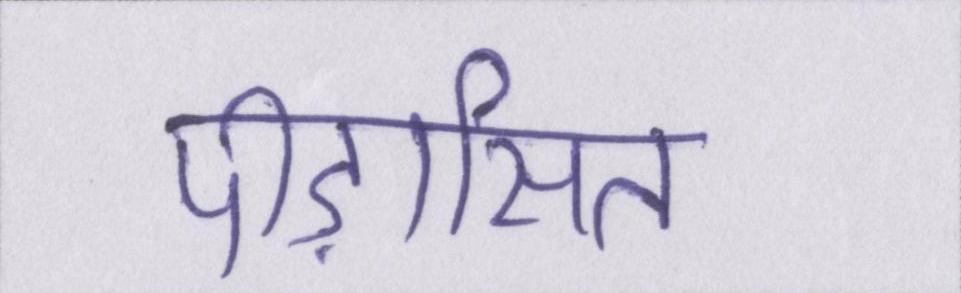
पीड़ासित